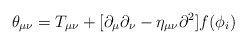
\begin{align*}\theta_{\mu\nu} = T_{\mu\nu} + [\partial_\mu \partial_\nu - \eta_{\mu\nu}{\partial}^2] f(\phi_i)\end{align*}